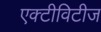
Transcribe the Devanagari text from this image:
एक्टीविटीज